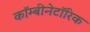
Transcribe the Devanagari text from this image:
कॉम्बीनेटॉरिक